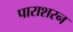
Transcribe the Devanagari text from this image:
पाराशरन